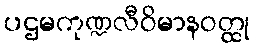
ပဌမကုဏ္ဍလီဝိမာနဝတ္ထု